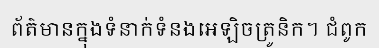
ព័ត៌មានក្នុងទំនាក់ទំនងអេឡិចត្រូនិក។ ជំពូក